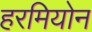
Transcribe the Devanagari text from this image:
हरमियोन